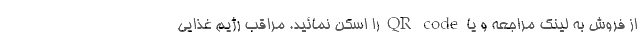
از فروش به لینک مراجعه و یا QR code را اسکن نمائید. مراقب رژیم غذایی